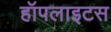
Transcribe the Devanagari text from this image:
हॉपलाइटस